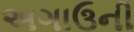
અગાઉની